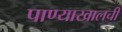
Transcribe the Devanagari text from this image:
पाण्याखालची